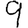
Digit: 9